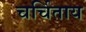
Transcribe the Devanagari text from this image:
चर्चिताय